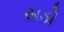
સડો